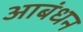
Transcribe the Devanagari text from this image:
आबंधन